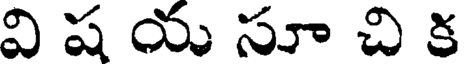
వి ష య సూ చి క